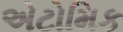
એટોમિક